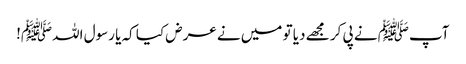
آپﷺ نے پی کر مجھے دیا تو میں نے عرض کیا کہ یا رسول اللہﷺ!